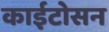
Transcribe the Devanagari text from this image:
काईटोसन